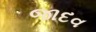
જાદવ